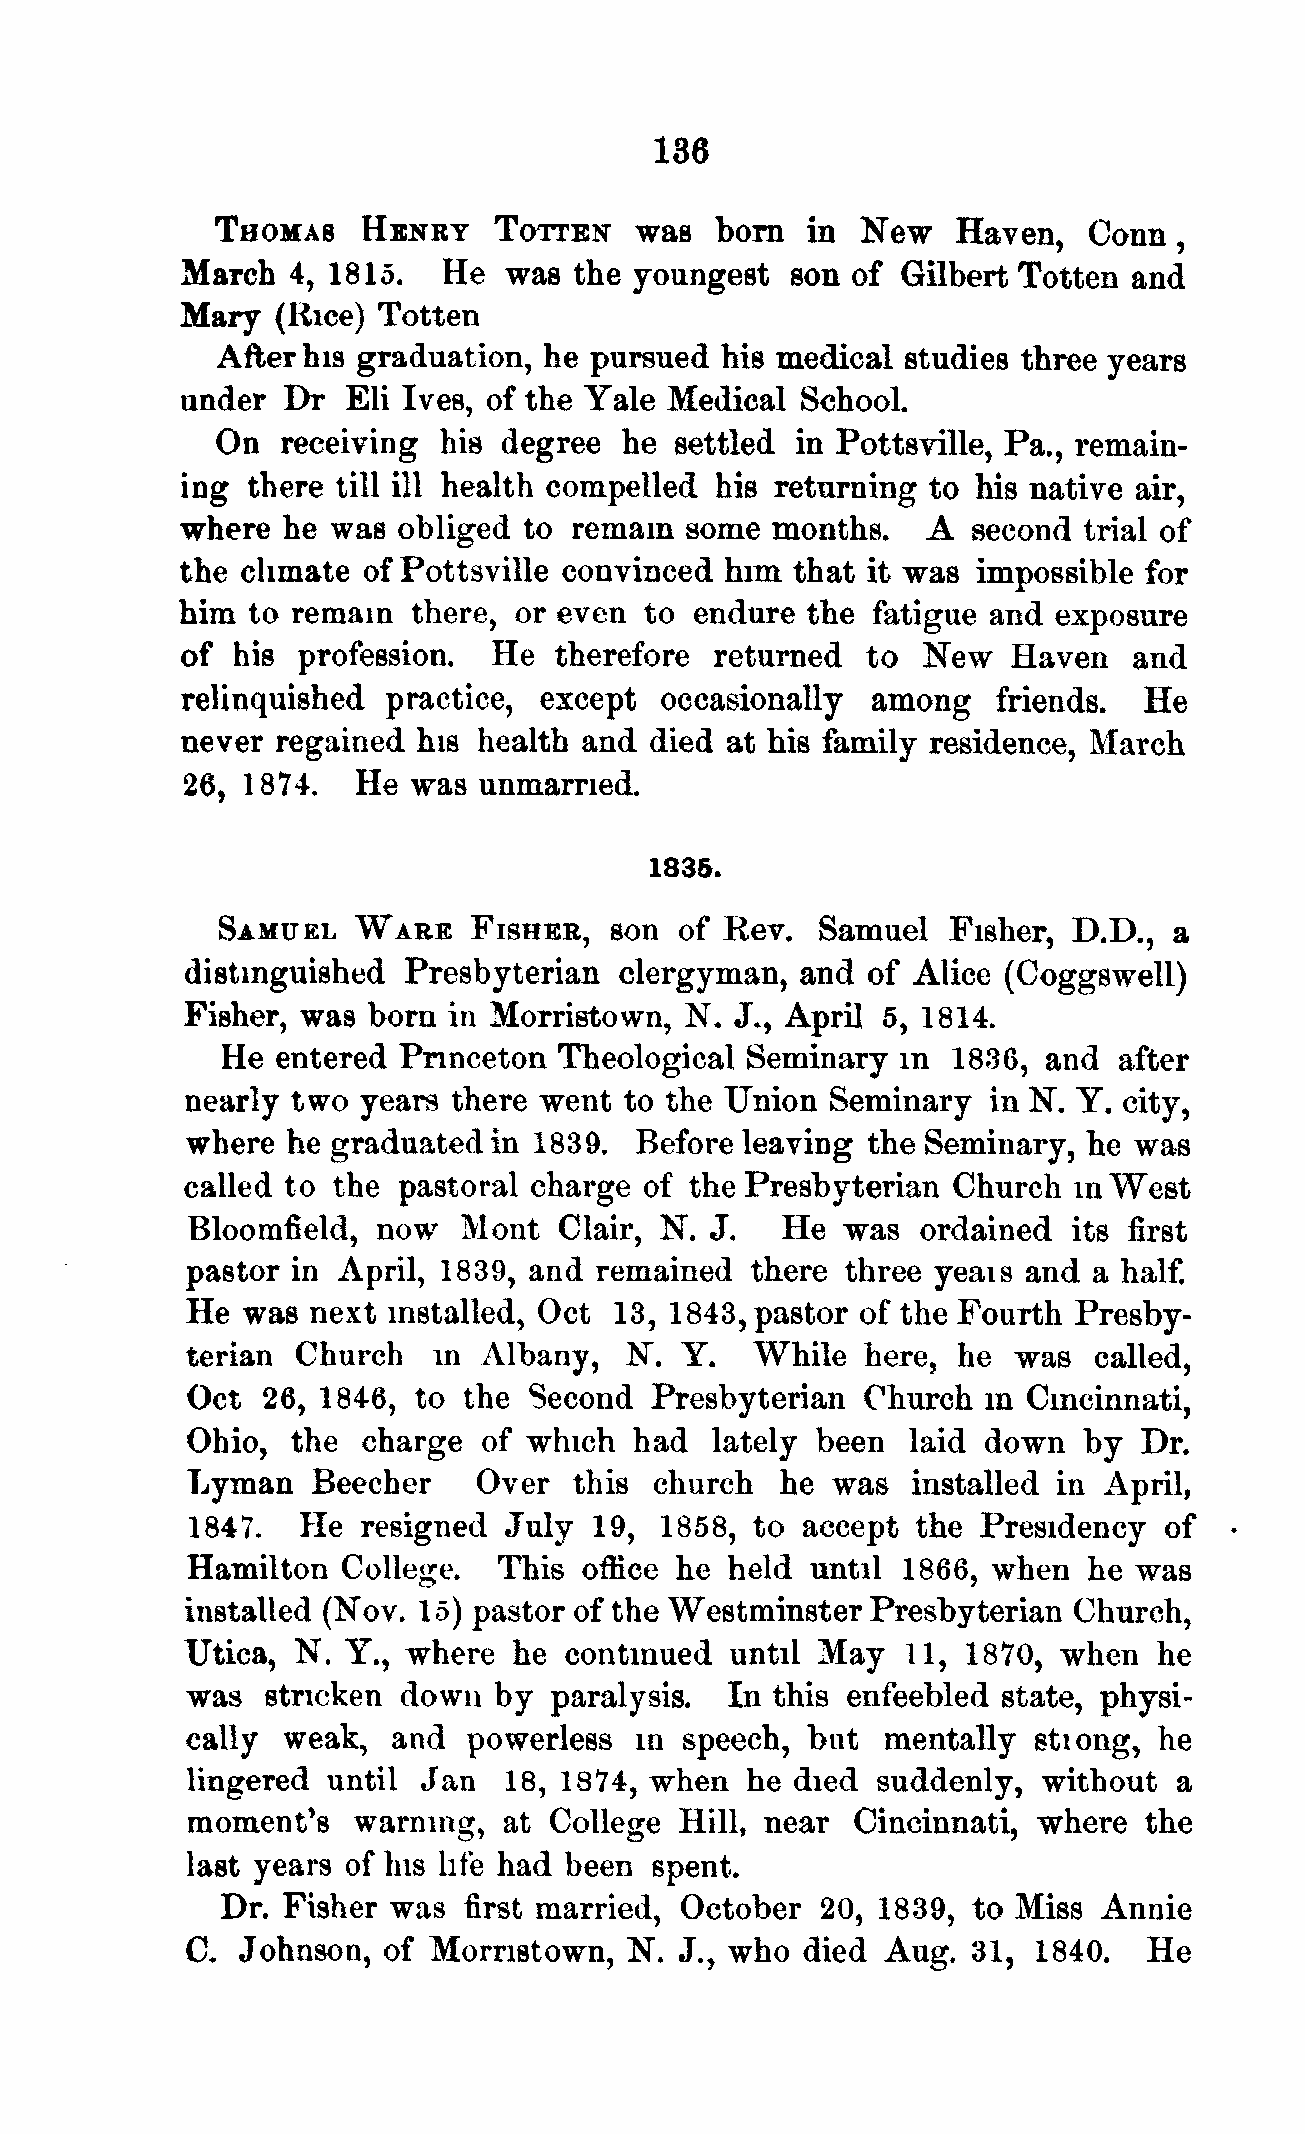
136
 THOMAS    HENRY    TOTTEN   was  bom   in  Hew   Haven,   Conn,
 March  4, 1815.  He   was the youngest  son  of Gilbert Totten and
 Mary  (Rice) Totten
 After his graduation, he pursued  his medical studies three years
 under  Dr  Eli Ives, of the Yale Medical School.
 On   receiving his degree  he  settled in Pottsville, Pa., remain-
 ing there till ill health compelled his returning to his native air,
 where  he was obliged  to remain some  months.   A  second  trial of
 the climate of Pottsville convinced him  that it was impossible for
 him to remain  there, or even  to endure the  fatigue and exposure
 of  his profession.  He  therefore returned   to New   Haven   and
 relinquished  practice, except  occasionally  among   friends.  He
 never regained  his health and died at his family residence, March
 26, 1874.   He was  unmarried.
 1836.
 SAMUEL    WARE   FISHER,  son  of Rev.  Samuel   Fisher, D.D.,  a
 distinguished  Presbyterian  clergyman,  and of Alice  (Coggswell)
 Fisher, was born  in Morristown, N.  J., April 5, 1814.
 He entered Princeton  Theological Seminary   in 1836, and  after
 nearly two  years there went to the Union  Seminary  in N. Y. city,
 where  he graduated  in 1839. Before leaving  the Seminary, he was
 called to the pastoral charge  of the Presbyterian Church  in West
 Bloomfield,  now   Mont  Clair, N. J.   He  was  ordained  its first
 pastor in April, 1839, and  remained  there three yeais and a half.
 He  was  next installed, Oct 13, 1843, pastor of the Fourth Presby-
 terian  Church   in Albany,  N.  Y.   While  here, he  was  called,
 Oct  26, 1846,  to the Second  Presbyterian  Church  in Cincinnati,
 Ohio,  the  charge  of which  had  lately been  laid down   by  Dr.
 Lyman    Beecher    Over  this church   he was  installed in April,
 1847.   He  resigned  July 19,  1858, to accept  the Presidency  of
 Hamilton   College.  This  office he held until 1866, when  he was
 installed (Nov. 15) pastor of the Westminster Presbyterian Church,
 Utica, N.  Y., where  he continued  until May   11, 1870, when   he
 was   stricken down  by  paralysis. In this enfeebled state, physi-
 cally  weak,  and  powerless  in speech,  but  mentally stiong,  he
 lingered  until Jan  18, 1874, when  he  died suddenly,  without  a
 moment's   warning,  at College  Hill, near Cincinnati,  where  the
 last years of his life had been spent.
 Dr. Fisher was  first married, October 20, 1839, to Miss  Annie
 C.  Johnson, of  Morristown,  N. J., who died  Aug. 31,  1840.  He